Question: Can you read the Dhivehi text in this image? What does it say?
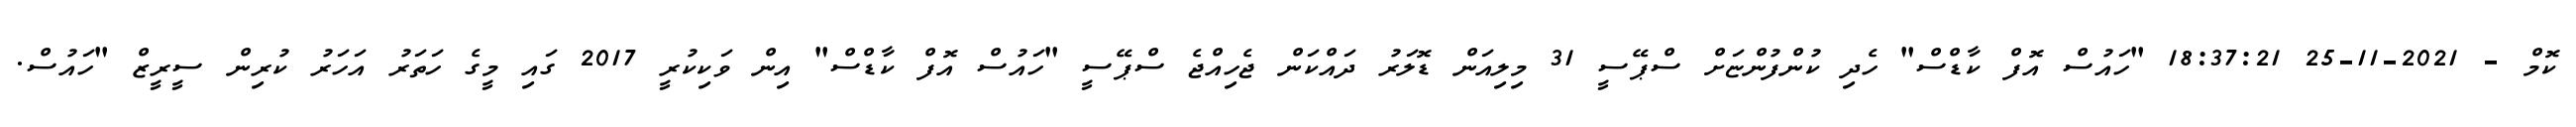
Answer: ކޮމް - 2021-11-25 18:37:21 "ހައުސް އޮފް ކާޑްސް" ހެދި ކުންފުންޏަށް ސްޕޭސީ 31 މިލިއަން ޑޮލަރު ދައްކަން ޖެހިއްޖެ ސްޕޭސީ "ހައުސް އޮފް ކާޑްސް" އިން ވަކިކުރީ 2017 ގައި މީގެ ހަތަރު އަހަރު ކުރިން ސީރީޒް "ހައުސް.